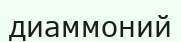
диаммоний